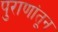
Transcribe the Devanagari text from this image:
पुराणांतून